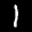
Label: 1